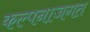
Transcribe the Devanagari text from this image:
कल्पनाजगत